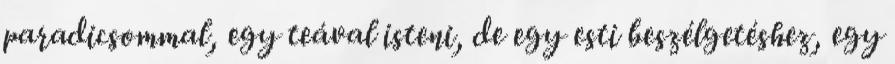
paradicsommal, egy teával isteni, de egy esti beszélgetéshez, egy